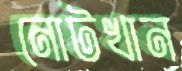
নোটখান